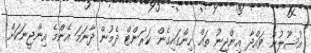
އުސޫލުން ވައްދާ އިންޖީނު ތައް ހިންގައިގެން ކަރަންޓް ދެމުން ދާނަމަ އެންމެ އިންޖީނަކަށް